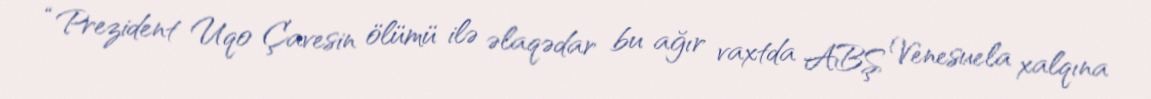
“Prezident Uqo Çavesin ölümü ilə əlaqədar bu ağır vaxtda ABŞ Venesuela xalqına